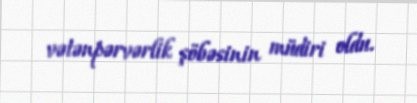
vətənpərvərlik şöbəsinin müdiri oldu.